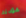
عودته